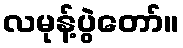
လမုန့်ပွဲတော်။